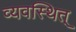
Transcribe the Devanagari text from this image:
व्यवस्थित्